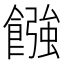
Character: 𩝽